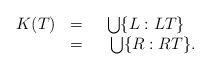
LaTeX: \begin{align*}\begin{array}{ccc}K(T) & = & \bigcup\{L:LT\}\\ & = & \,\,\,\,\,\bigcup\{R:RT\}.\end{array}\end{align*}